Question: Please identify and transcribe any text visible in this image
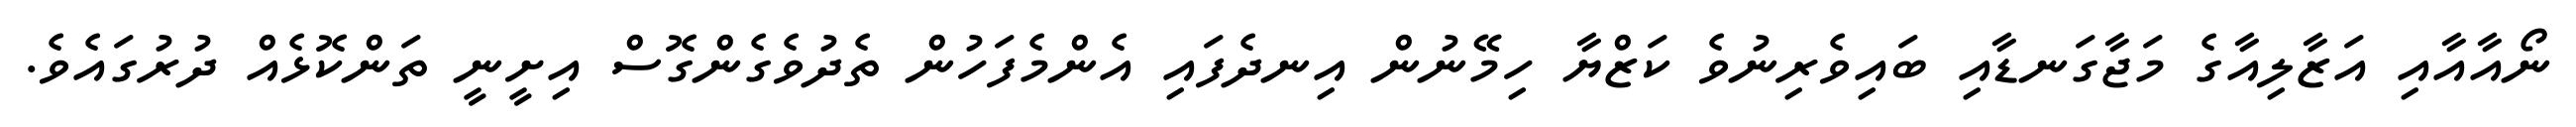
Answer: ނޯއާއާއި އަޒާލިއާގެ މަޖާގަނޑާއި ބައިވެރިނުވެ ކަޒްޔާ ހިމޭނުން އިނދެފައި އެންމެފަހުން ތެދުވެގެންގޮސް އިށީނީ ތަންކޮޅެއް ދުރުގައެވެ.